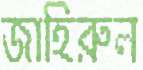
জাহিরুল